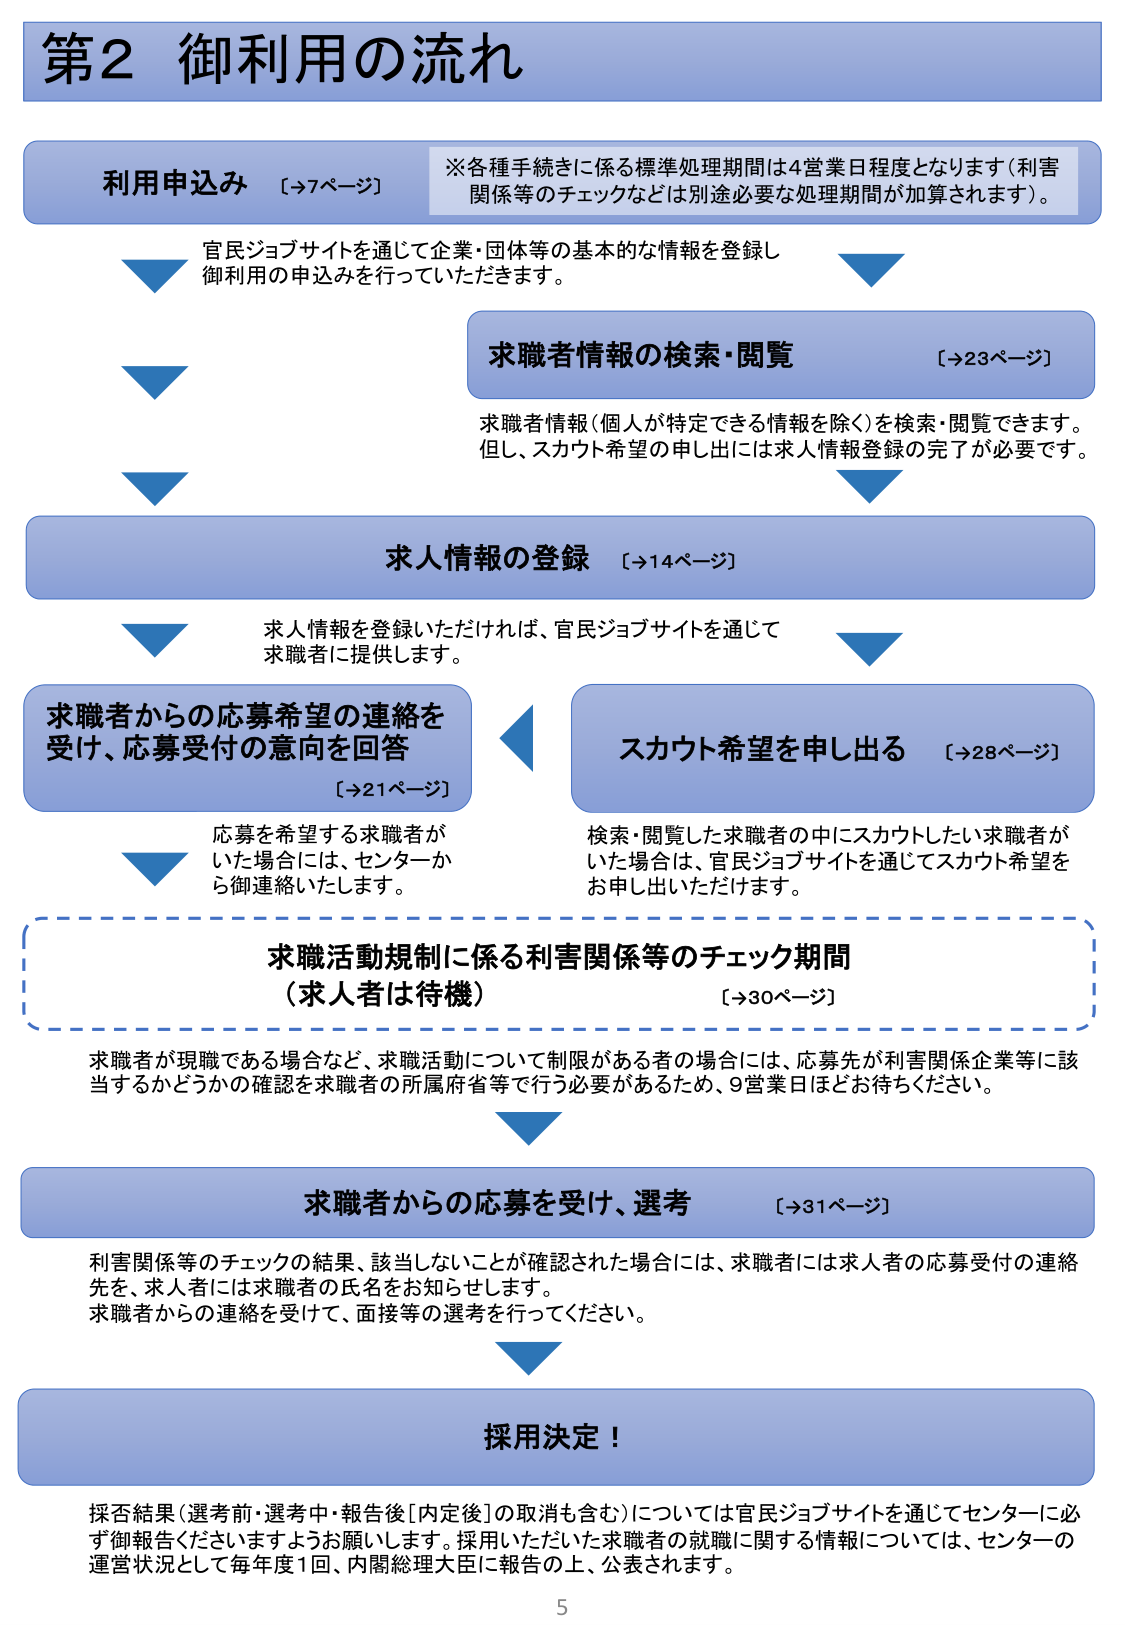
第2 御利用の流れ

利用申込み [→7ページ]
※各種手続きに係る標準処理期間は4営業日程度となります（利害関係等のチェックなどは別途必要な処理期間が加算されます）。
官民ジョブサイトを通じて企業・団体等の基本的な情報を登録し
御利用の申込みを行っていただきます。

求職者情報の検索・閲覧 [→23ページ]
求職者情報（個人が特定できる情報を除く）を検索・閲覧できます。
但し、スカウト希望の申し出には求人情報登録の完了が必要です。

求人情報の登録 [→14ページ]
求人情報を登録いただければ、官民ジョブサイトを通じて
求職者に提供します。

求職者からの応募希望の連絡を受け、応募受付の意向を回答 [→21ページ]
応募を希望する求職者が
いた場合には、センターか
ら御連絡いたします。

スカウト希望を申し出る [→28ページ]
検索・閲覧した求職者の中にスカウトしたい求職者が
いた場合は、官民ジョブサイトを通じてスカウト希望を
お申し出いただけます。

求職活動規制に係る利害関係等のチェック期間
（求人者は待機） [→30ページ]
求職者が現職である場合など、求職活動について制限がある者の場合には、応募先が利害関係企業等に該当するかどうかの確認を求職者の所属府省等で行う必要があるため、9営業日ほどお待ちください。

求職者からの応募を受け、選考 [→31ページ]
利害関係等のチェックの結果、該当しないことが確認された場合には、求職者には求人者の応募受付の連絡先を、求人者には求職者の氏名をお知らせします。
求職者からの連絡を受けて、面接等の選考を行ってください。

採用決定！

採否結果（選考前・選考中・報告後［内定後］の取消も含む）については官民ジョブサイトを通じてセンターに必ず御報告くださいますようお願いします。採用いただいた求職者の就職に関する情報については、センターの運営状況として毎年度1回、内閣総理大臣に報告の上、公表されます。

5